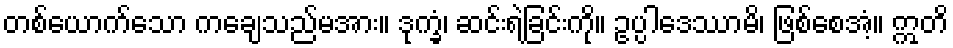
တစ်ယောက်သော ကချေသည်မအား။ ဒုက္ခံ၊ ဆင်းရဲခြင်းကို။ ဥပ္ပါဒေဿာမိ၊ ဖြစ်စေအံ့။ ဣတိ